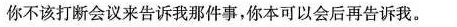
你不该打断会议来告诉我那件事,你本可以会后再告诉我.